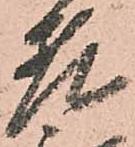
老